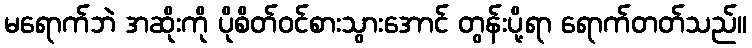
မရောက်ဘဲ အဆိုးကို ပိုစိတ်ဝင်စားသွားအောင် တွန်းပို့ရာ ရောက်တတ်သည်။